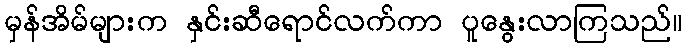
မှန်အိမ်များက နှင်းဆီရောင်လက်ကာ ပူနွေးလာကြသည်။